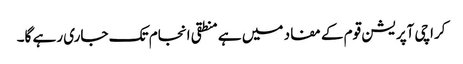
کراچی آپریشن قوم کے مفاد میں ہے منطقی انجام تک جاری رہے گا۔